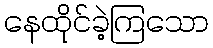
နေထိုင်ခဲ့ကြသော